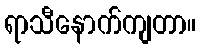
ရာသီနောက်ကျတာ။